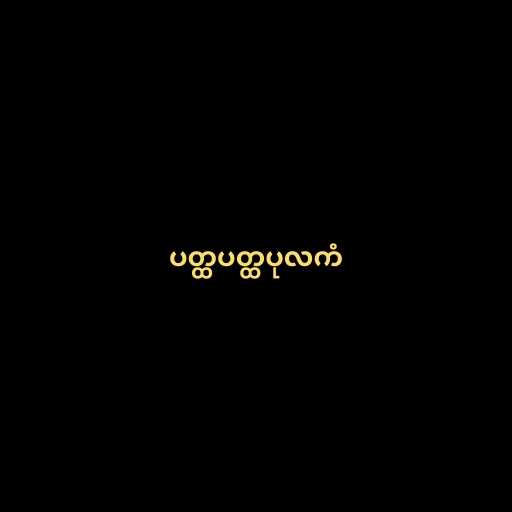
ပတ္ထပတ္ထပုလကံ